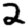
Digit: 2